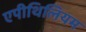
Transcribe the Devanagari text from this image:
एपीथिलियम